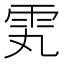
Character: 𬯸